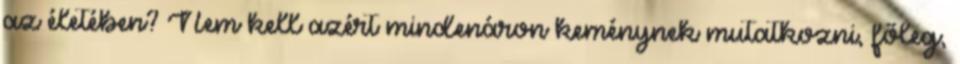
az életében? Nem kell azért mindenáron keménynek mutatkozni, főleg,